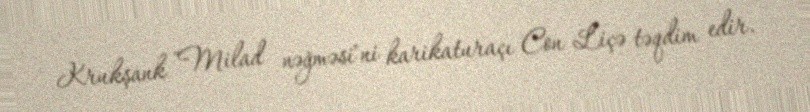
Krukşank "Milad nəğməsi"ni karikaturaçı Con Liçə təqdim edir.